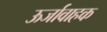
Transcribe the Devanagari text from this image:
ऊर्जावाहक